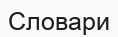
Словари